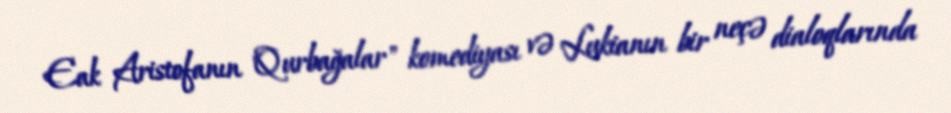
Eak Aristofanın "Qurbağalar" komediyası və Lukianın bir neçə dialoqlarında